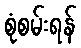
စုံစမ်းရန်